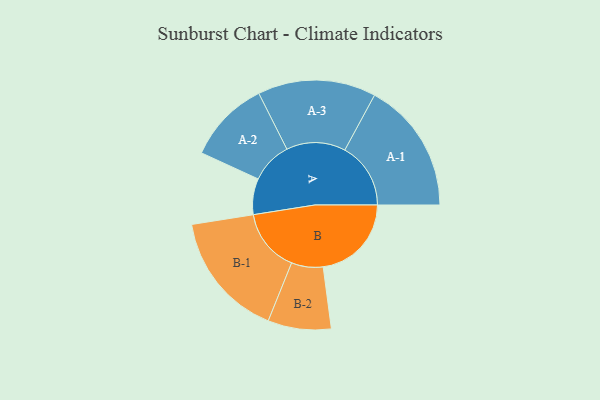
{"axis": {"x": "Segment", "y": "Value"}, "legend": ["", "A", "B"], "data": [{"x": "A", "y": 148, "type": ""}, {"x": "B", "y": 363, "type": ""}, {"x": "A-1", "y": 271, "type": "A"}, {"x": "A-2", "y": 170, "type": "A"}, {"x": "A-3", "y": 243, "type": "A"}, {"x": "B-1", "y": 260, "type": "B"}, {"x": "B-2", "y": 130, "type": "B"}]}